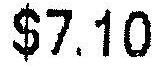
$7.10